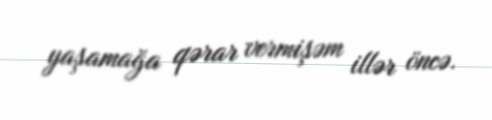
yaşamağa qərar vermişəm illər öncə.